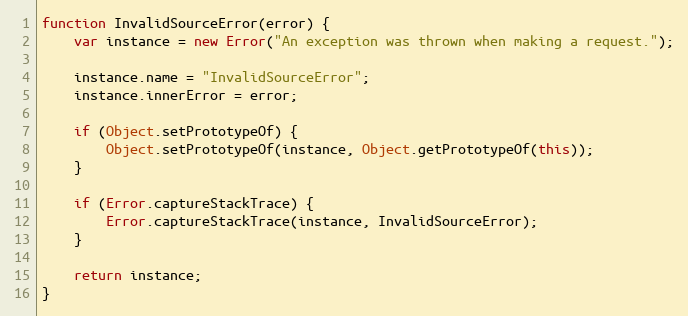
Language: JavaScript
function InvalidSourceError(error) {
    var instance = new Error("An exception was thrown when making a request.");

    instance.name = "InvalidSourceError";
    instance.innerError = error;

    if (Object.setPrototypeOf) {
        Object.setPrototypeOf(instance, Object.getPrototypeOf(this));
    }

    if (Error.captureStackTrace) {
        Error.captureStackTrace(instance, InvalidSourceError);
    }

    return instance;
}